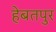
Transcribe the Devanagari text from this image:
हेबतपुर